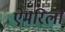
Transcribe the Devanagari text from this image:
ऐमरिलो